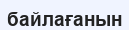
байлағанын